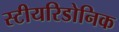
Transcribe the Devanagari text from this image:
स्टीयरिडोनिक